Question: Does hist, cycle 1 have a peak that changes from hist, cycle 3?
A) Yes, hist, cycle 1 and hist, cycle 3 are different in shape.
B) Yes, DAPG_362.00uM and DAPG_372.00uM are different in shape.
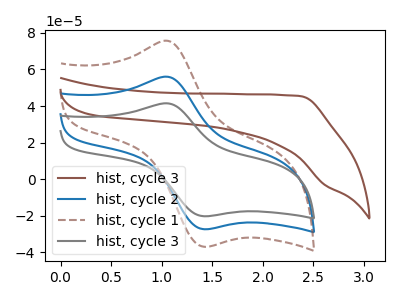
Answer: <think>The brown curve "hist, cycle 3" has no peaks. The blue curve "hist, cycle 2" has an anodic peak at (1.05V, 55.90uA) and a cathodic peak at (1.45V, -27.30uA). The brown dashed curve "hist, cycle 1" has an anodic peak at (1.05V, 111.80uA) and a cathodic peak at (1.45V, -54.60uA). The gray curve "hist, cycle 3" has an anodic peak at (1.05V, 41.40uA) and a cathodic peak at (1.45V, -20.20uA).
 "hist, cycle 1" and "hist, cycle 3" have a different number of peaks.</think>
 <answer>A) Yes, "hist, cycle 1" and "hist, cycle 3" are different in shape.</answer>
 <eval>A</eval>